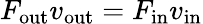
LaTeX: F_{\mathrm{out}}v_{\mathrm{out}}=F_{\mathrm{in}}v_{\mathrm{in}}